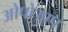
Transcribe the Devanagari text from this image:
ओपोआप